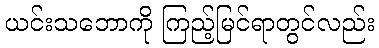
ယင်းသဘောကို ကြည့်မြင်ရာတွင်လည်း